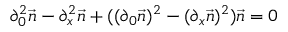
\partial _ { 0 } ^ { 2 } \vec { n } - \partial _ { x } ^ { 2 } \vec { n } + ( ( \partial _ { 0 } \vec { n } ) ^ { 2 } - ( \partial _ { x } \vec { n } ) ^ { 2 } ) \vec { n } = 0